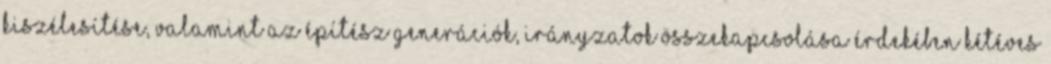
kiszélesítése, valamint az építész generációk, irányzatok összekapcsolása érdekében kétéves